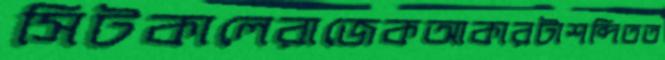
সিটকালেরাজেকআকারটাশব্দিতত